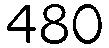
480